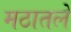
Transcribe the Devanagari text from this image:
मठातले